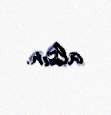
alsın.